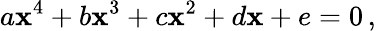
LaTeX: a\mathbf{x}^{4}+b\mathbf{x}^{3}+c\mathbf{x}^{2}+d\mathbf{x}+e=0\, ,